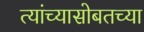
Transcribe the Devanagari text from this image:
त्यांच्यासोबतच्या